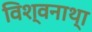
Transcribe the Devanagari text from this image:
विश्‍वनाथ्‍ा